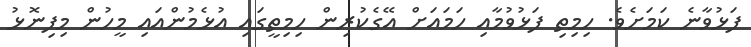
ފަޅުވާނެ ކަމަށެވެ. ހިމިތި ފަޅުވުމާއި ހަމައަށް އޭގެކުރިން ހިމިތީގައި އުޅެމުންއައި މީހުން މިފިނޮޅު